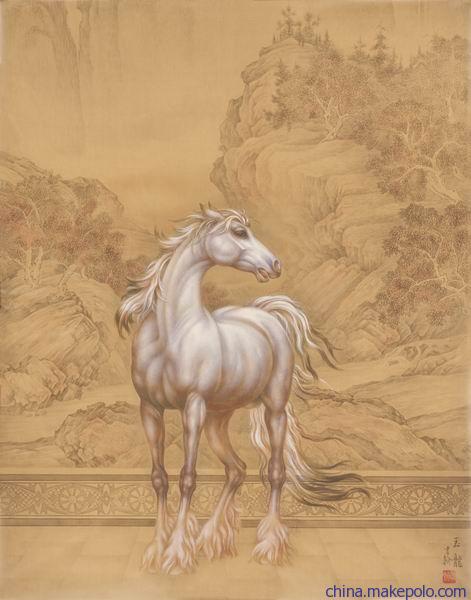
天际疏星趁马，帘昼隙冰弦三叠。